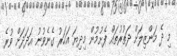
މި ދެ މަންޒިލަށް ދަތުރުތައް ފެށުމުން މިދިޔަ އަހަރު ގެނެވުނު އަދަދަށް ވުރެ